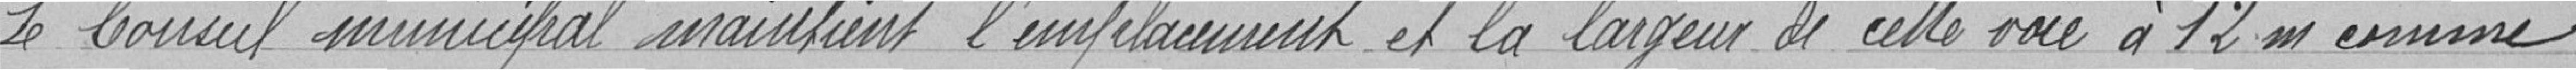
Le Conseil municipal maintient l'emplacement et la largeur de cette voie à 12 m comme